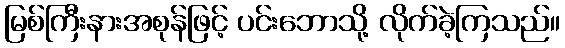
မြစ်ကြီးနားအစုန်ဖြင့် ပင်းဘောသို့ လိုက်ခဲ့ကြသည်။